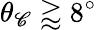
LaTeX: \theta_{\mathscr{C}}\gtrapprox8^{\circ}